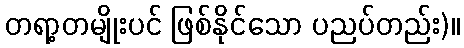
တရာ့တမျိုးပင် ဖြစ်နိုင်သော ပညပ်တည်း)။